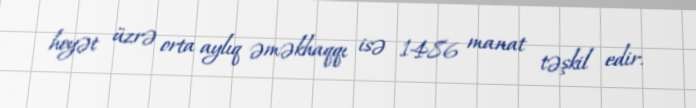
heyət üzrə orta aylıq əməkhaqqı isə 1486 manat təşkil edir.